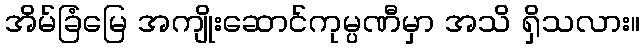
အိမ်ခြံမြေ အကျိုးဆောင်ကုမ္ပဏီမှာ အသိ ရှိသလား။